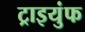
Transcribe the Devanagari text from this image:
ट्राइयुंफ